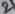
Text: 2